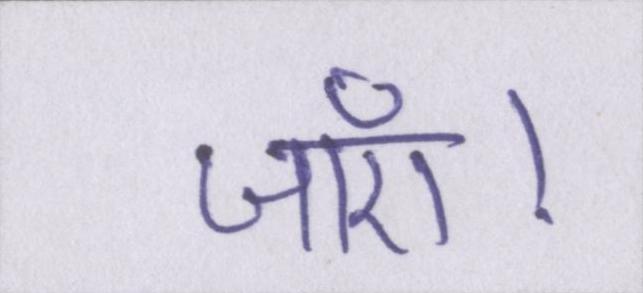
जाएँ।